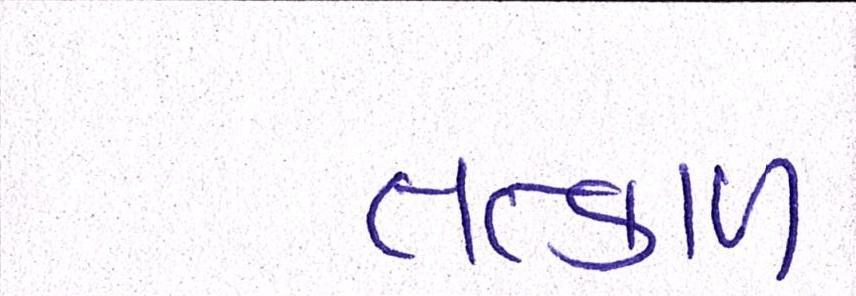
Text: તત્કાળ